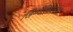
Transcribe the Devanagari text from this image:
जिम्नॅशियमचा